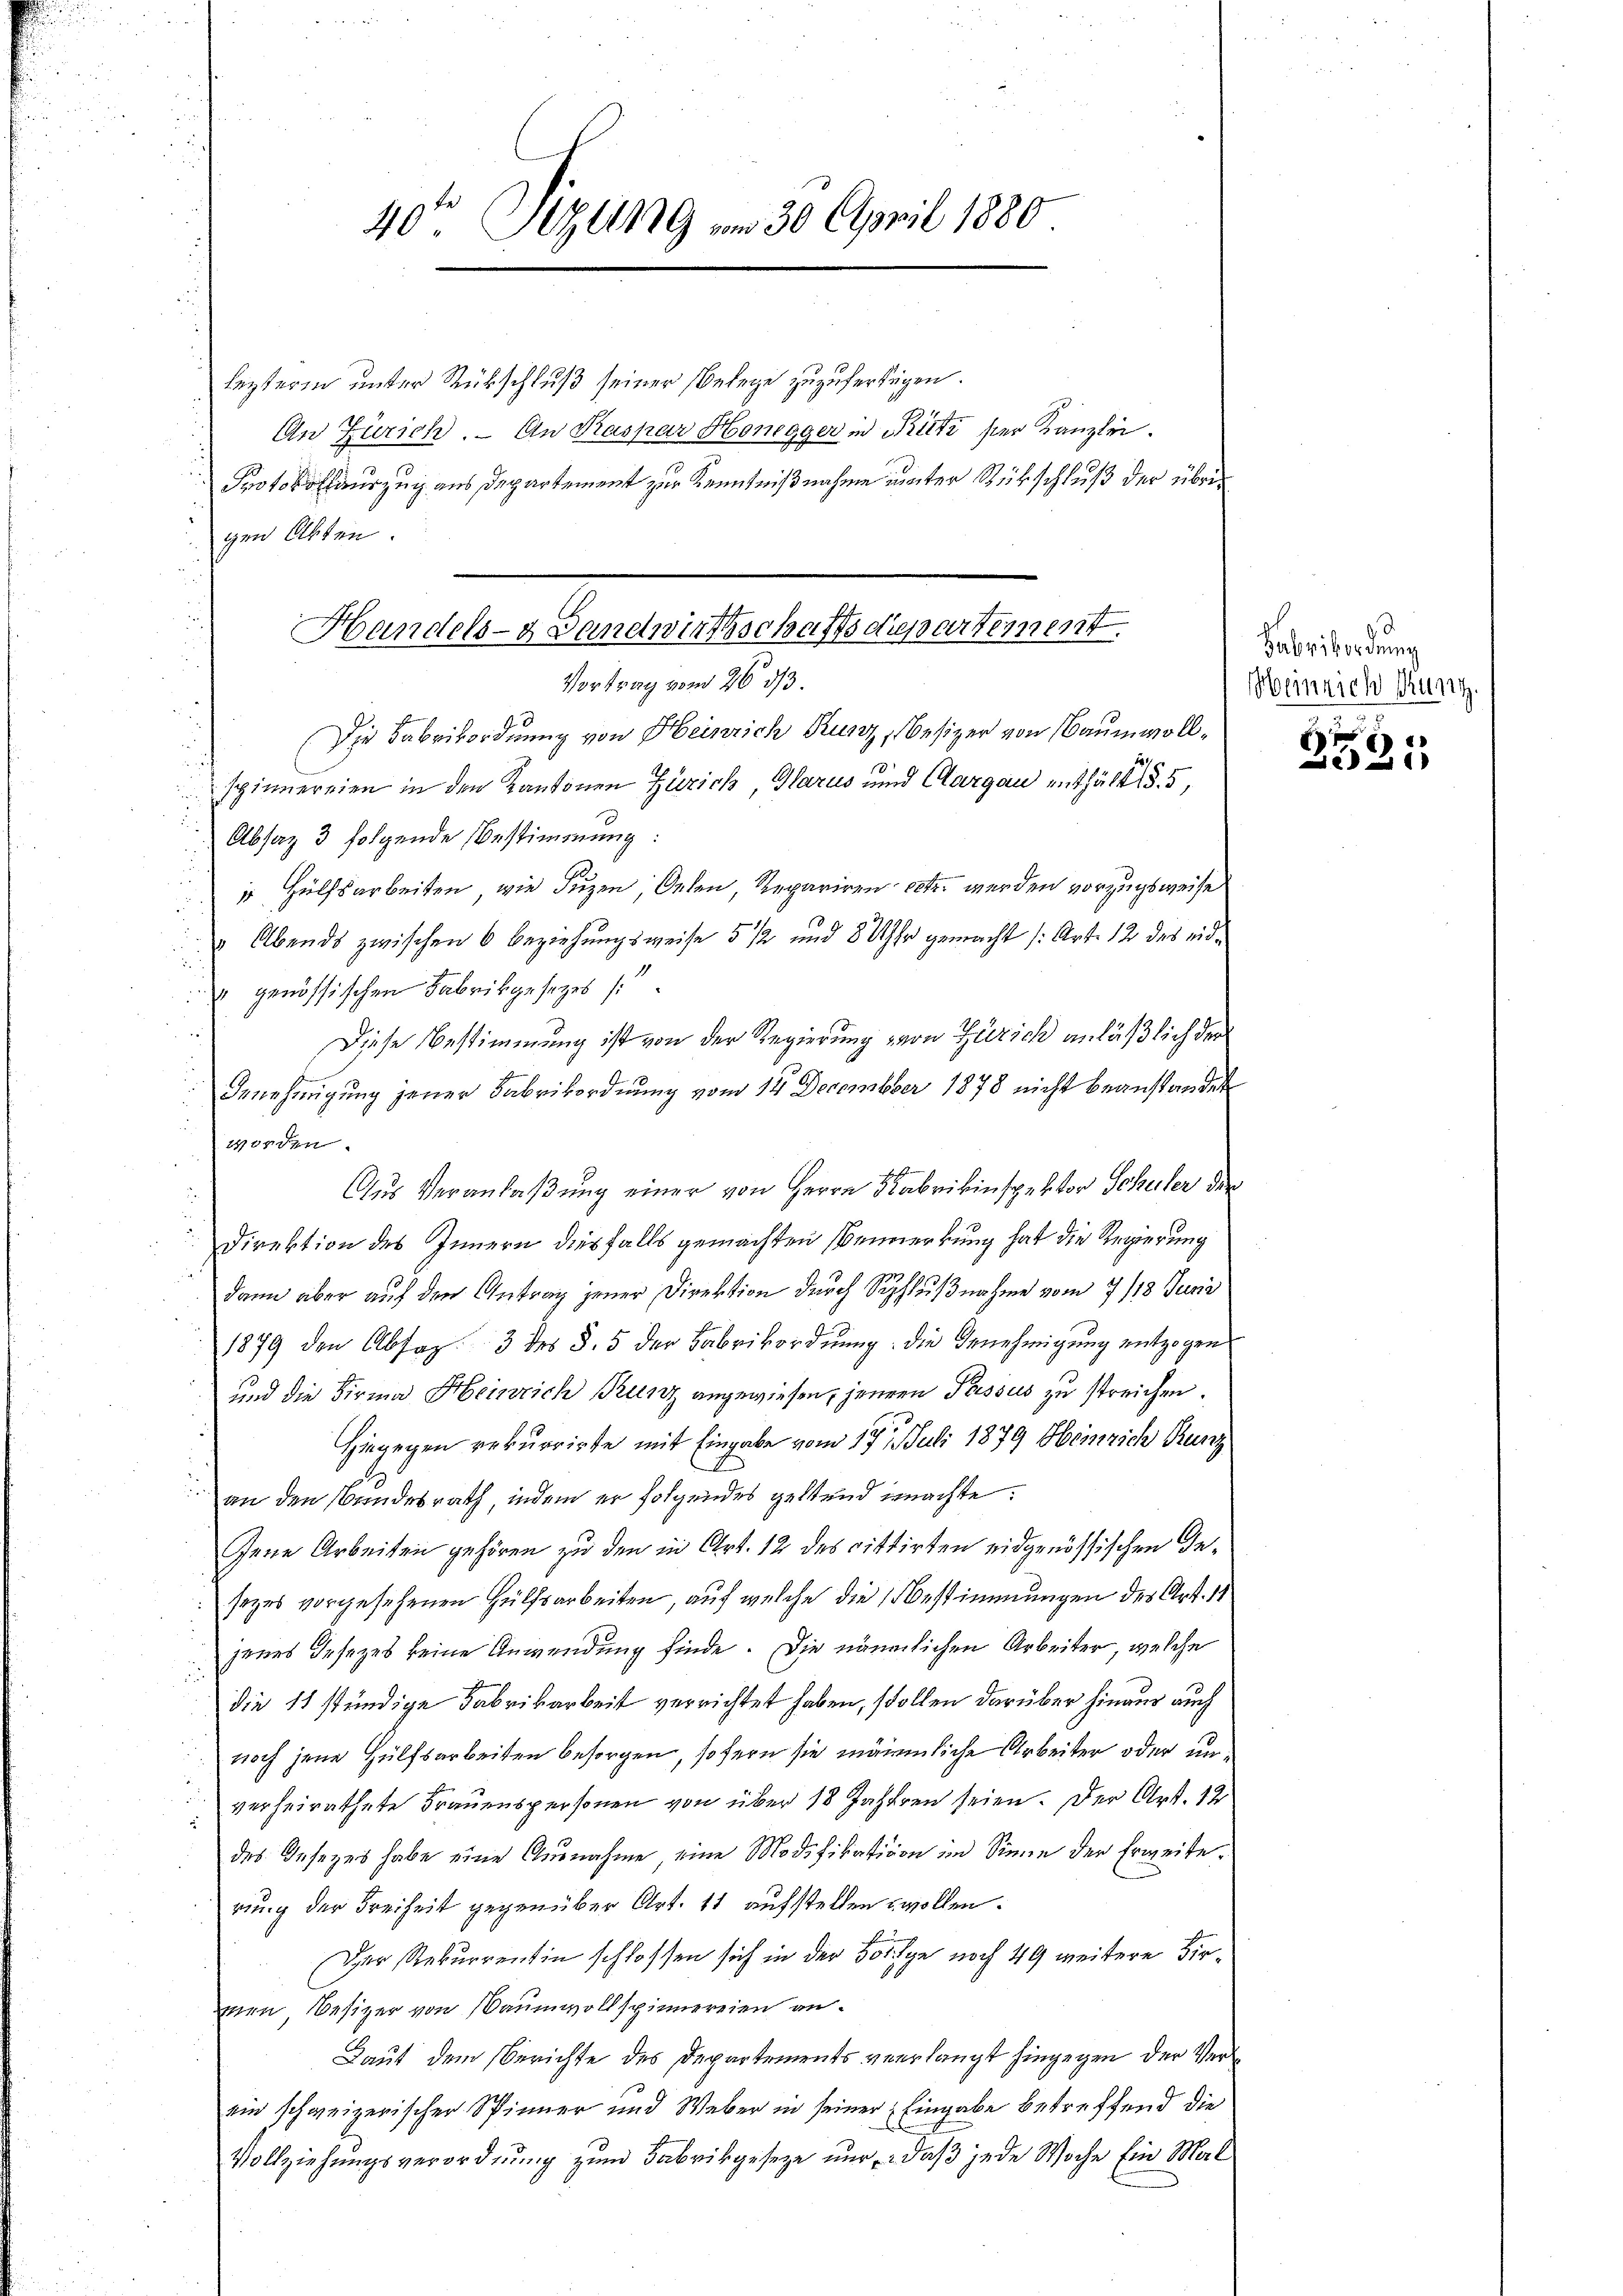
40 Sizung am 30. April 1880

lezteren unter Rückschluß seiner Belege zuzufertigen.
An Zürich, An Kaspar Honegger in Kriti ser Kanzlei.
Protokollauszug aus Departement zur Kenntnißnahme unter Rükschluß der übergen Akten.
d

Handels- & Landwirtschaftsdepartement.
Vortrag vom 26. 33.

Die Fabrikordnung von Heinrich Kurz, Besizer von Baumwollspinnereien in den Kantonen Zürich Glarus und Cargau enthält § 5,
Absaz 3 folgende Bestimmung:
 Hülfsarbeiten, wie duzen Oelen Repariren etc. werden vorzugsweise
 Abends zwischen 6 Beziehungsweise 5 1/2 und 8 Uhr gemacht (Art. 12 des eid¬
 genössischen Fabrikgesezes (
Diese Bestimmung ist von der Regierung von Zürich anläßlich der
Benehmigung jener Fabrikordnung vom 14. December 1878 nicht beanstandet
worden
n
Aus Veranlaßung einer von Herrn Fabrikinspektor Schuler der
Direktion des Innern diesfalls gemachten Vermerkung hat die Regierung
.
dann aber auf den Antrag jener Direktion durch Schlußnahme vom 7./18. Junii
1879 den Absag. 3 des §. 5 der Fabrikordnung: die Genehmigung entzogen
und die Firma Heinrich Benz angewiesen, jener Passus zu streichen.
Hingegen rekurrirte mit Eingabe vom 17. Juli 1879 Henrich Runz
E
 an den Bundesrath, indem er folgendes geltend machte.
Jene Arbeiten gehören zu den in Art. 12 des rittirten eidgenössischen De¬
 sezes vorgesehenen Hülfsarbeiten, auf welche die bestimmungen des Art. 11
s
jenes Gesezes keine Anwendung finde. Die nämmlichen Arbeiter, welche
die 11 stündige Fabrikarbeit verrichtet haben, stollen darüber hinaus auch
d
 noch jene Hülfsarbeiten besorgen, sofern sie märmliche Arbeiter oder un
d
verheirathete Frauenspersonen von über 18 Jahren seien. Der Art. 12
u
des Gesezes habe eine Ausnahme eine Modifikation im Sinne der Erweiterung der Freiheit gegenüber Art. 11 aufstellen wollen.
Der Rekurrentin schlossen sich in der Folge noch 49 weitere Firmen, Besitzer von Baumwollspinnereien an¬
Laut dem Berichte des Departements verlangt hingegen der Verein schweizerischer Spinner und Weber in seiner Eingabe betreffend die
Vollziehŭngsverordnŭng zum Fabrikgesetze nur, daβ jede Woche Ein Mal

Fabrikordung
Heinrich Kunz.

2521